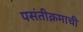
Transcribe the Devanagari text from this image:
पसंतीक्रमाची